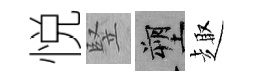
悦竪塑趣